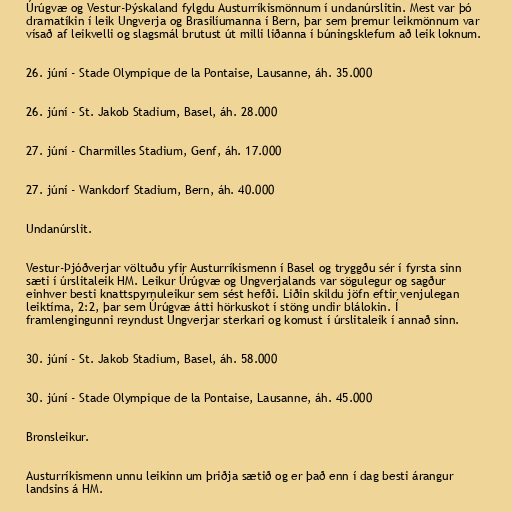
Úrúgvæ og Vestur-Þýskaland fylgdu Austurríkismönnum í undanúrslitin. Mest var þó
dramatíkin í leik Ungverja og Brasilíumanna í Bern, þar sem þremur leikmönnum var
vísað af leikvelli og slagsmál brutust út milli liðanna í búningsklefum að leik loknum.

26. júní - Stade Olympique de la Pontaise, Lausanne, áh. 35.000

26. júní - St. Jakob Stadium, Basel, áh. 28.000

27. júní - Charmilles Stadium, Genf, áh. 17.000

27. júní - Wankdorf Stadium, Bern, áh. 40.000

Undanúrslit.

Vestur-Þjóðverjar völtuðu yfir Austurríkismenn í Basel og tryggðu sér í fyrsta sinn
sæti í úrslitaleik HM. Leikur Úrúgvæ og Ungverjalands var sögulegur og sagður
einhver besti knattspyrnuleikur sem sést hefði. Liðin skildu jöfn eftir venjulegan
leiktíma, 2:2, þar sem Úrúgvæ átti hörkuskot í stöng undir blálokin. Í
framlengingunni reyndust Ungverjar sterkari og komust í úrslitaleik í annað sinn.

30. júní - St. Jakob Stadium, Basel, áh. 58.000

30. júní - Stade Olympique de la Pontaise, Lausanne, áh. 45.000

Bronsleikur.

Austurríkismenn unnu leikinn um þriðja sætið og er það enn í dag besti árangur
landsins á HM.